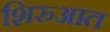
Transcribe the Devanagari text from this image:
शिरुआत